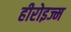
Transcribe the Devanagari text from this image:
हीरोइज्म